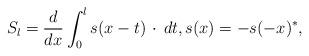
LaTeX: \begin{align*}& S_l=\frac{d}{dx}\int_0^l s(x-t) \, \cdot \, dt, s(x)=-s(-x)^*,\end{align*}